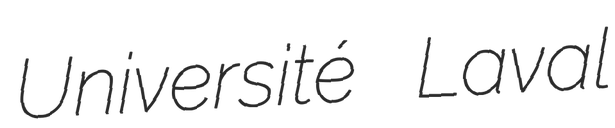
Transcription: Université Laval